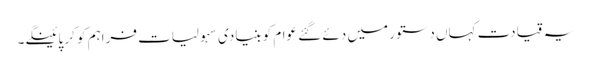
یہ قیادت کہاں دستور میں دئے گئے عوام کو بنیادی سہولیات فراہم کو کر پائینگے۔